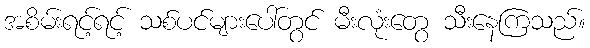
အစိမ်းရင့်ရင့် သစ်ပင်များပေါ်တွင် မီးလုံးတွေ သီးနေကြသည်။